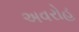
અવરોહ